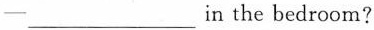
—___in the bedroom?